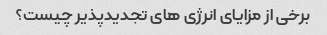
برخی از مزایای انرژی های تجدیدپذیر چیست؟